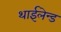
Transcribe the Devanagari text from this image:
थाईलेन्ड